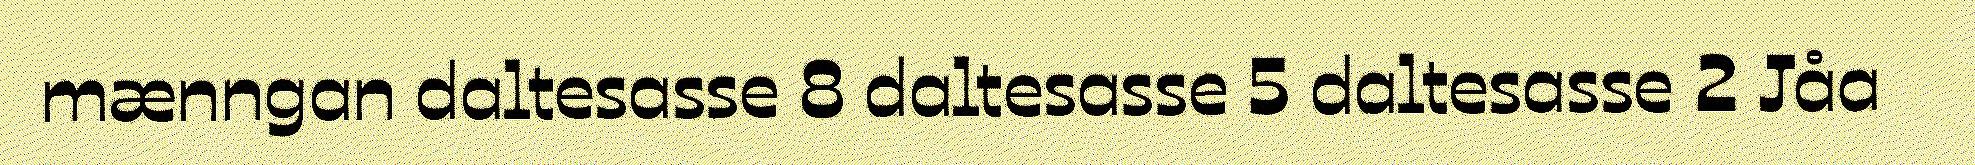
mænngan daltesasse 8 daltesasse 5 daltesasse 2 Jåa